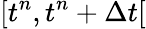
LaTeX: [t^{n},t^{n}+\Delta t[